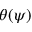
\theta ( \psi )